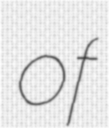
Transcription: of